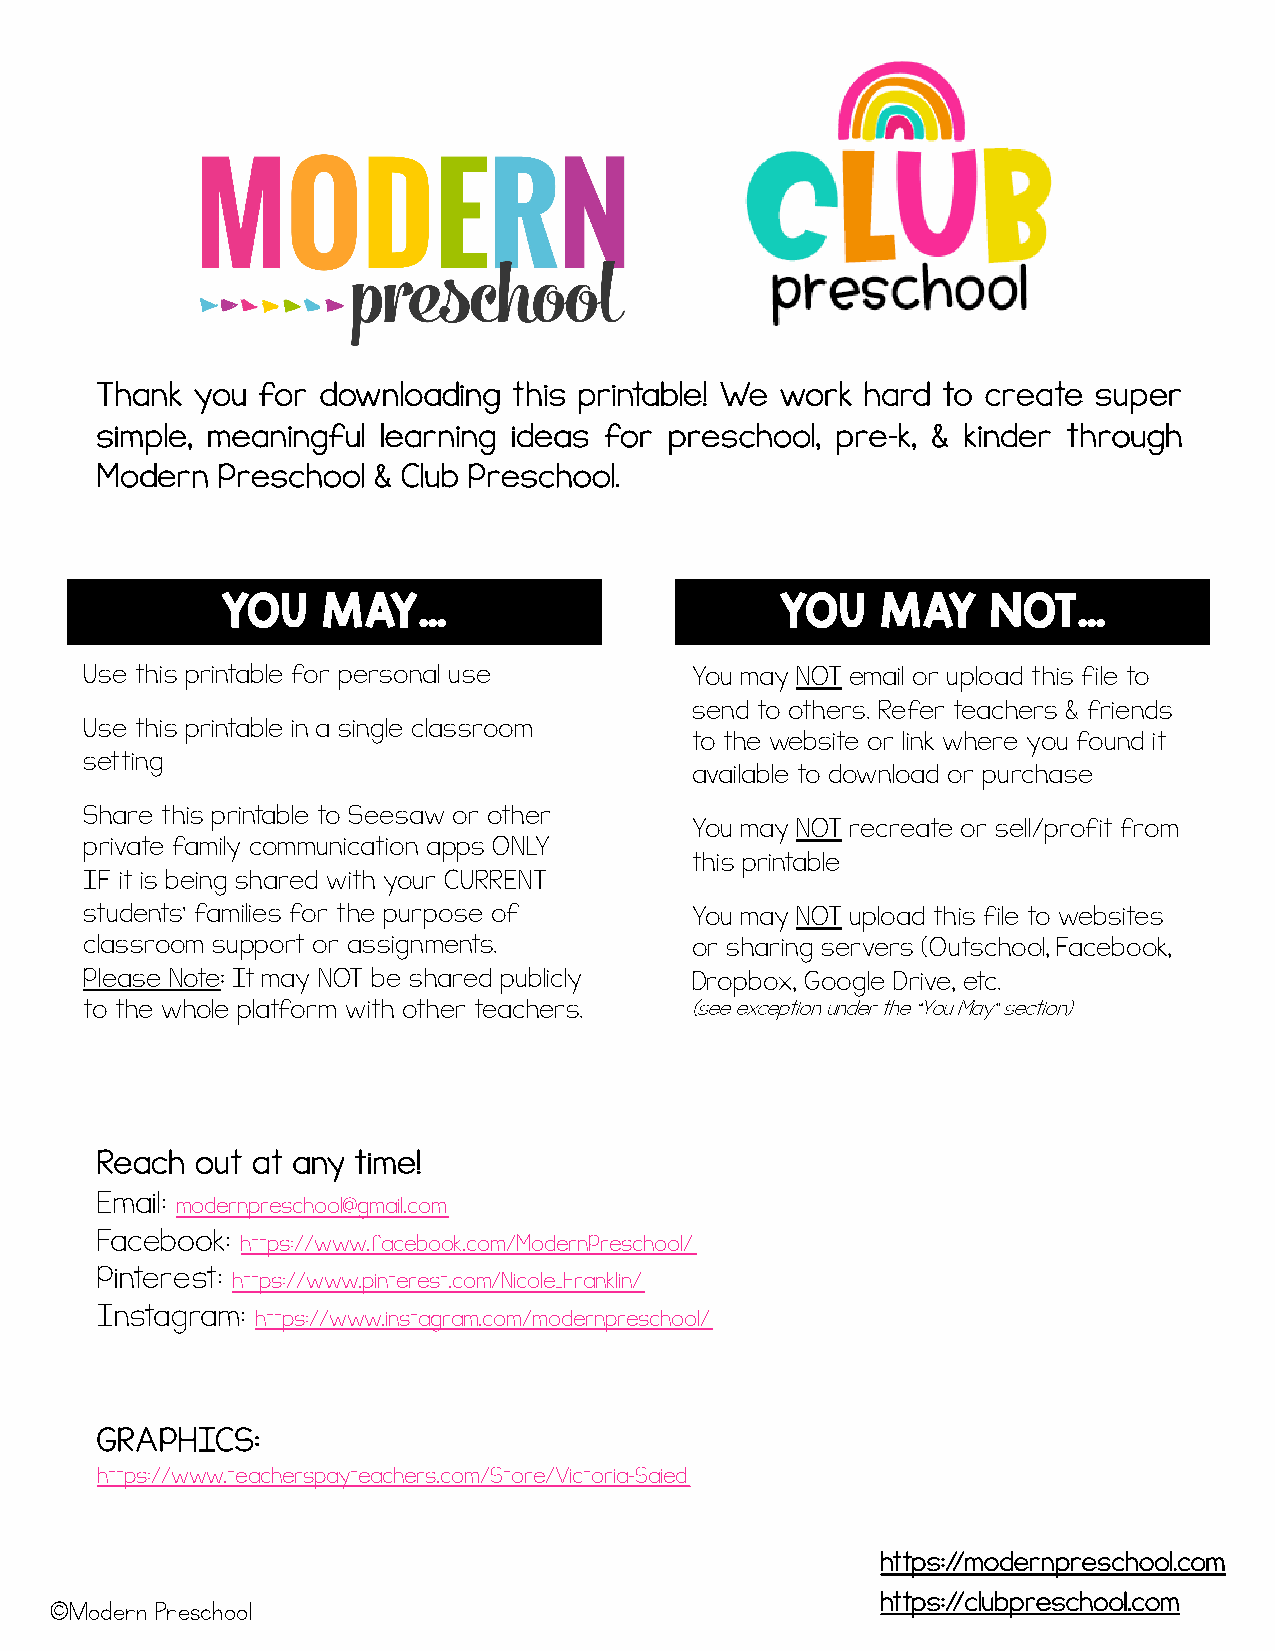
Thank  you for downloading  this printable! We work hard to create super
 simple, meaningful learning ideas for preschool, pre-k, & kinder through
 Modern  Preschool  & Club Preschool.
 YOU   MAY…                           YOU   MAY     NOT…
 Use this printable for personal use     You may NOT email or upload this file to
 send to others. Refer teachers & friends
 Use this printable in a single classroom
 to the website or link where you found it
 setting
 available to download or purchase
 Share this printable to Seesaw or other
 You may NOT recreate or sell/profit from
 private family communication apps ONLY
 this printable
 IF it is being shared with your CURRENT
 students’ families for the purpose of   You may NOT upload this file to websites
 classroom support or assignments.       or sharing servers (Outschool, Facebook,
 Please Note: It may NOT be shared publicly Dropbox, Google Drive, etc.
 to the whole platform with other teachers. (see exception under the “You May” section)
 Reach  out at any time!
 Email: modernpreschool@gmail.com
 Facebook: https://www.facebook.com/ModernPreschool/
 Pinterest: https://www.pinterest.com/Nicole_Franklin/
 Instagram: https://www.instagram.com/modernpreschool/
 GRAPHICS:
 https://www.teacherspayteachers.com/Store/Victoria-Saied
 https://modernpreschool.com
 ©Modern Preschool                                      https://clubpreschool.com